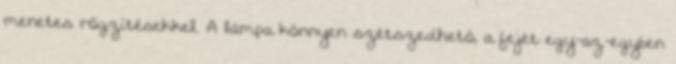
menetes rögzítésekkel. A lámpa könnyen szétszedhetö, a fejét egy-az-egyben